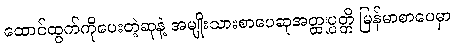
ထောင်ထွက်ကိုပေးတဲ့ဆုနဲ့ အမျိုးသားစာပေဆုအတ္ထုပ္ပတ္တိ မြန်မာစာပေမှာ